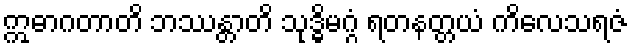
ဣဓာဂတာတိ ဘဿန္တာတိ သုဒ္ဓိမဂ္ဂံ ရတနတ္တယံ ကိလေသရဇံ